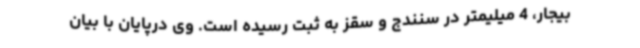
بیجار، 4 میلیمتر در سنندج و سقز به ثبت رسیده است. وی درپایان با بیان